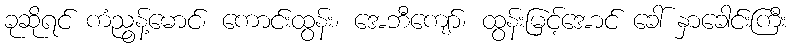
ခုဆိုရင် ကံညွန့်မောင်၊ ကောင်းထွန်း၊ အေဘီကျော်၊ ထွန်းမြင့်အောင် ခေါ် နှာခေါင်းကြီး